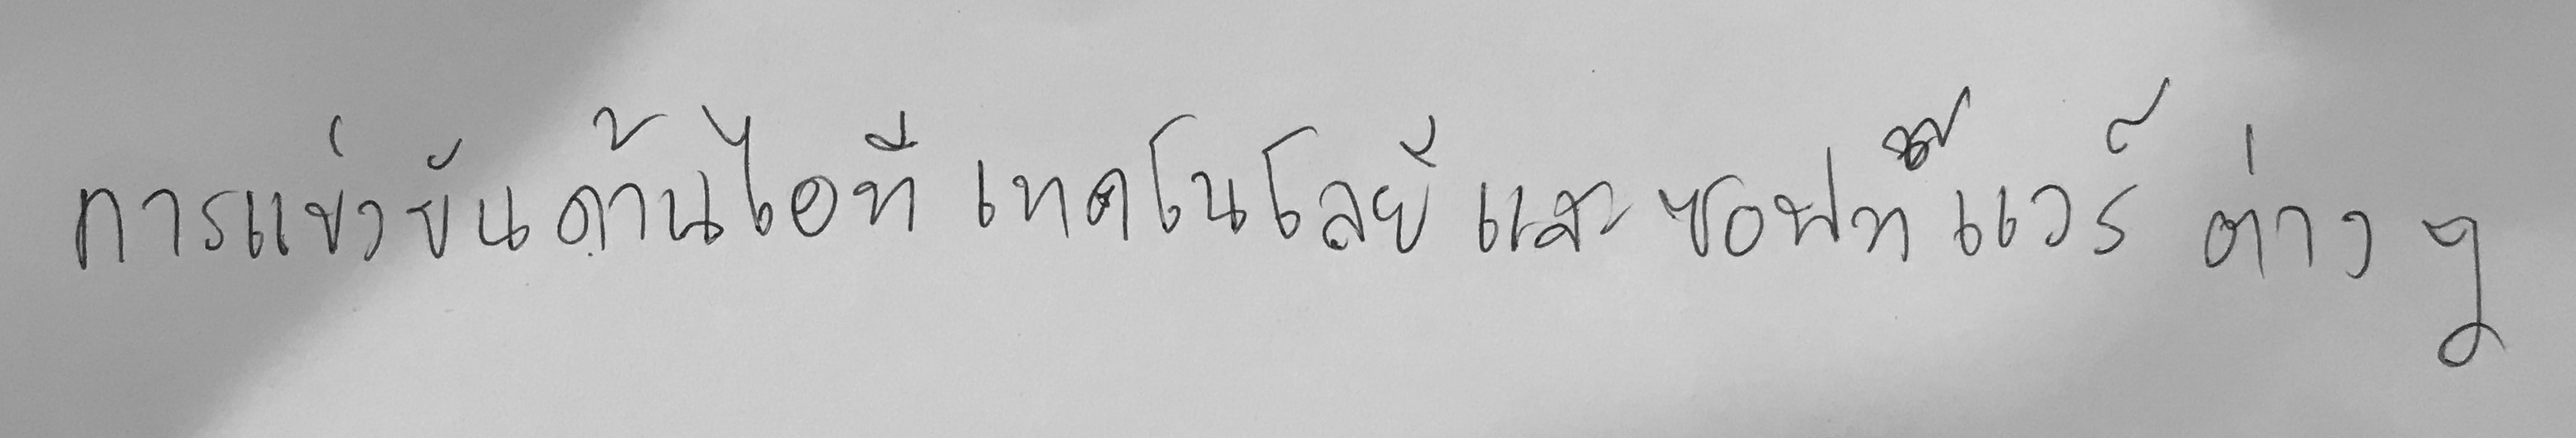
การแข่งขันด้านไอที เทคโนโลยี และซอฟท์แวร์ต่างๆ